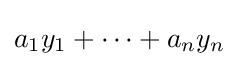
a_{1}y_{1}+\cdots +a_{n}y_{n}